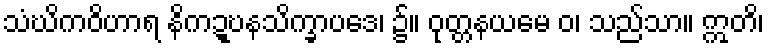
သံဃိကဝိဟာရ နိကဍ္ဎနသိက္ခာပဒေ၊ ၌။ ဝုတ္တနယမေ ဝ၊ သည်သာ။ ဣတိ၊